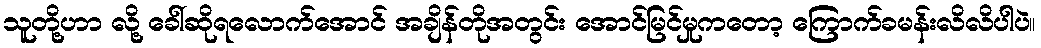
သူတို့ဟာ လို့ ခေါ်ဆိုရလောက်အောင် အချိန်တိုအတွင်း အောင်မြင်မှုကတော့ ကြောက်ခမန်းလိလိပါပဲ။